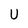
Character: U